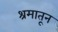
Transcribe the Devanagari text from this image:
श्रमातून